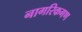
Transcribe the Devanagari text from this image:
नागरिकगण